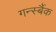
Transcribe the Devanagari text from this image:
गर्न्स्बैक